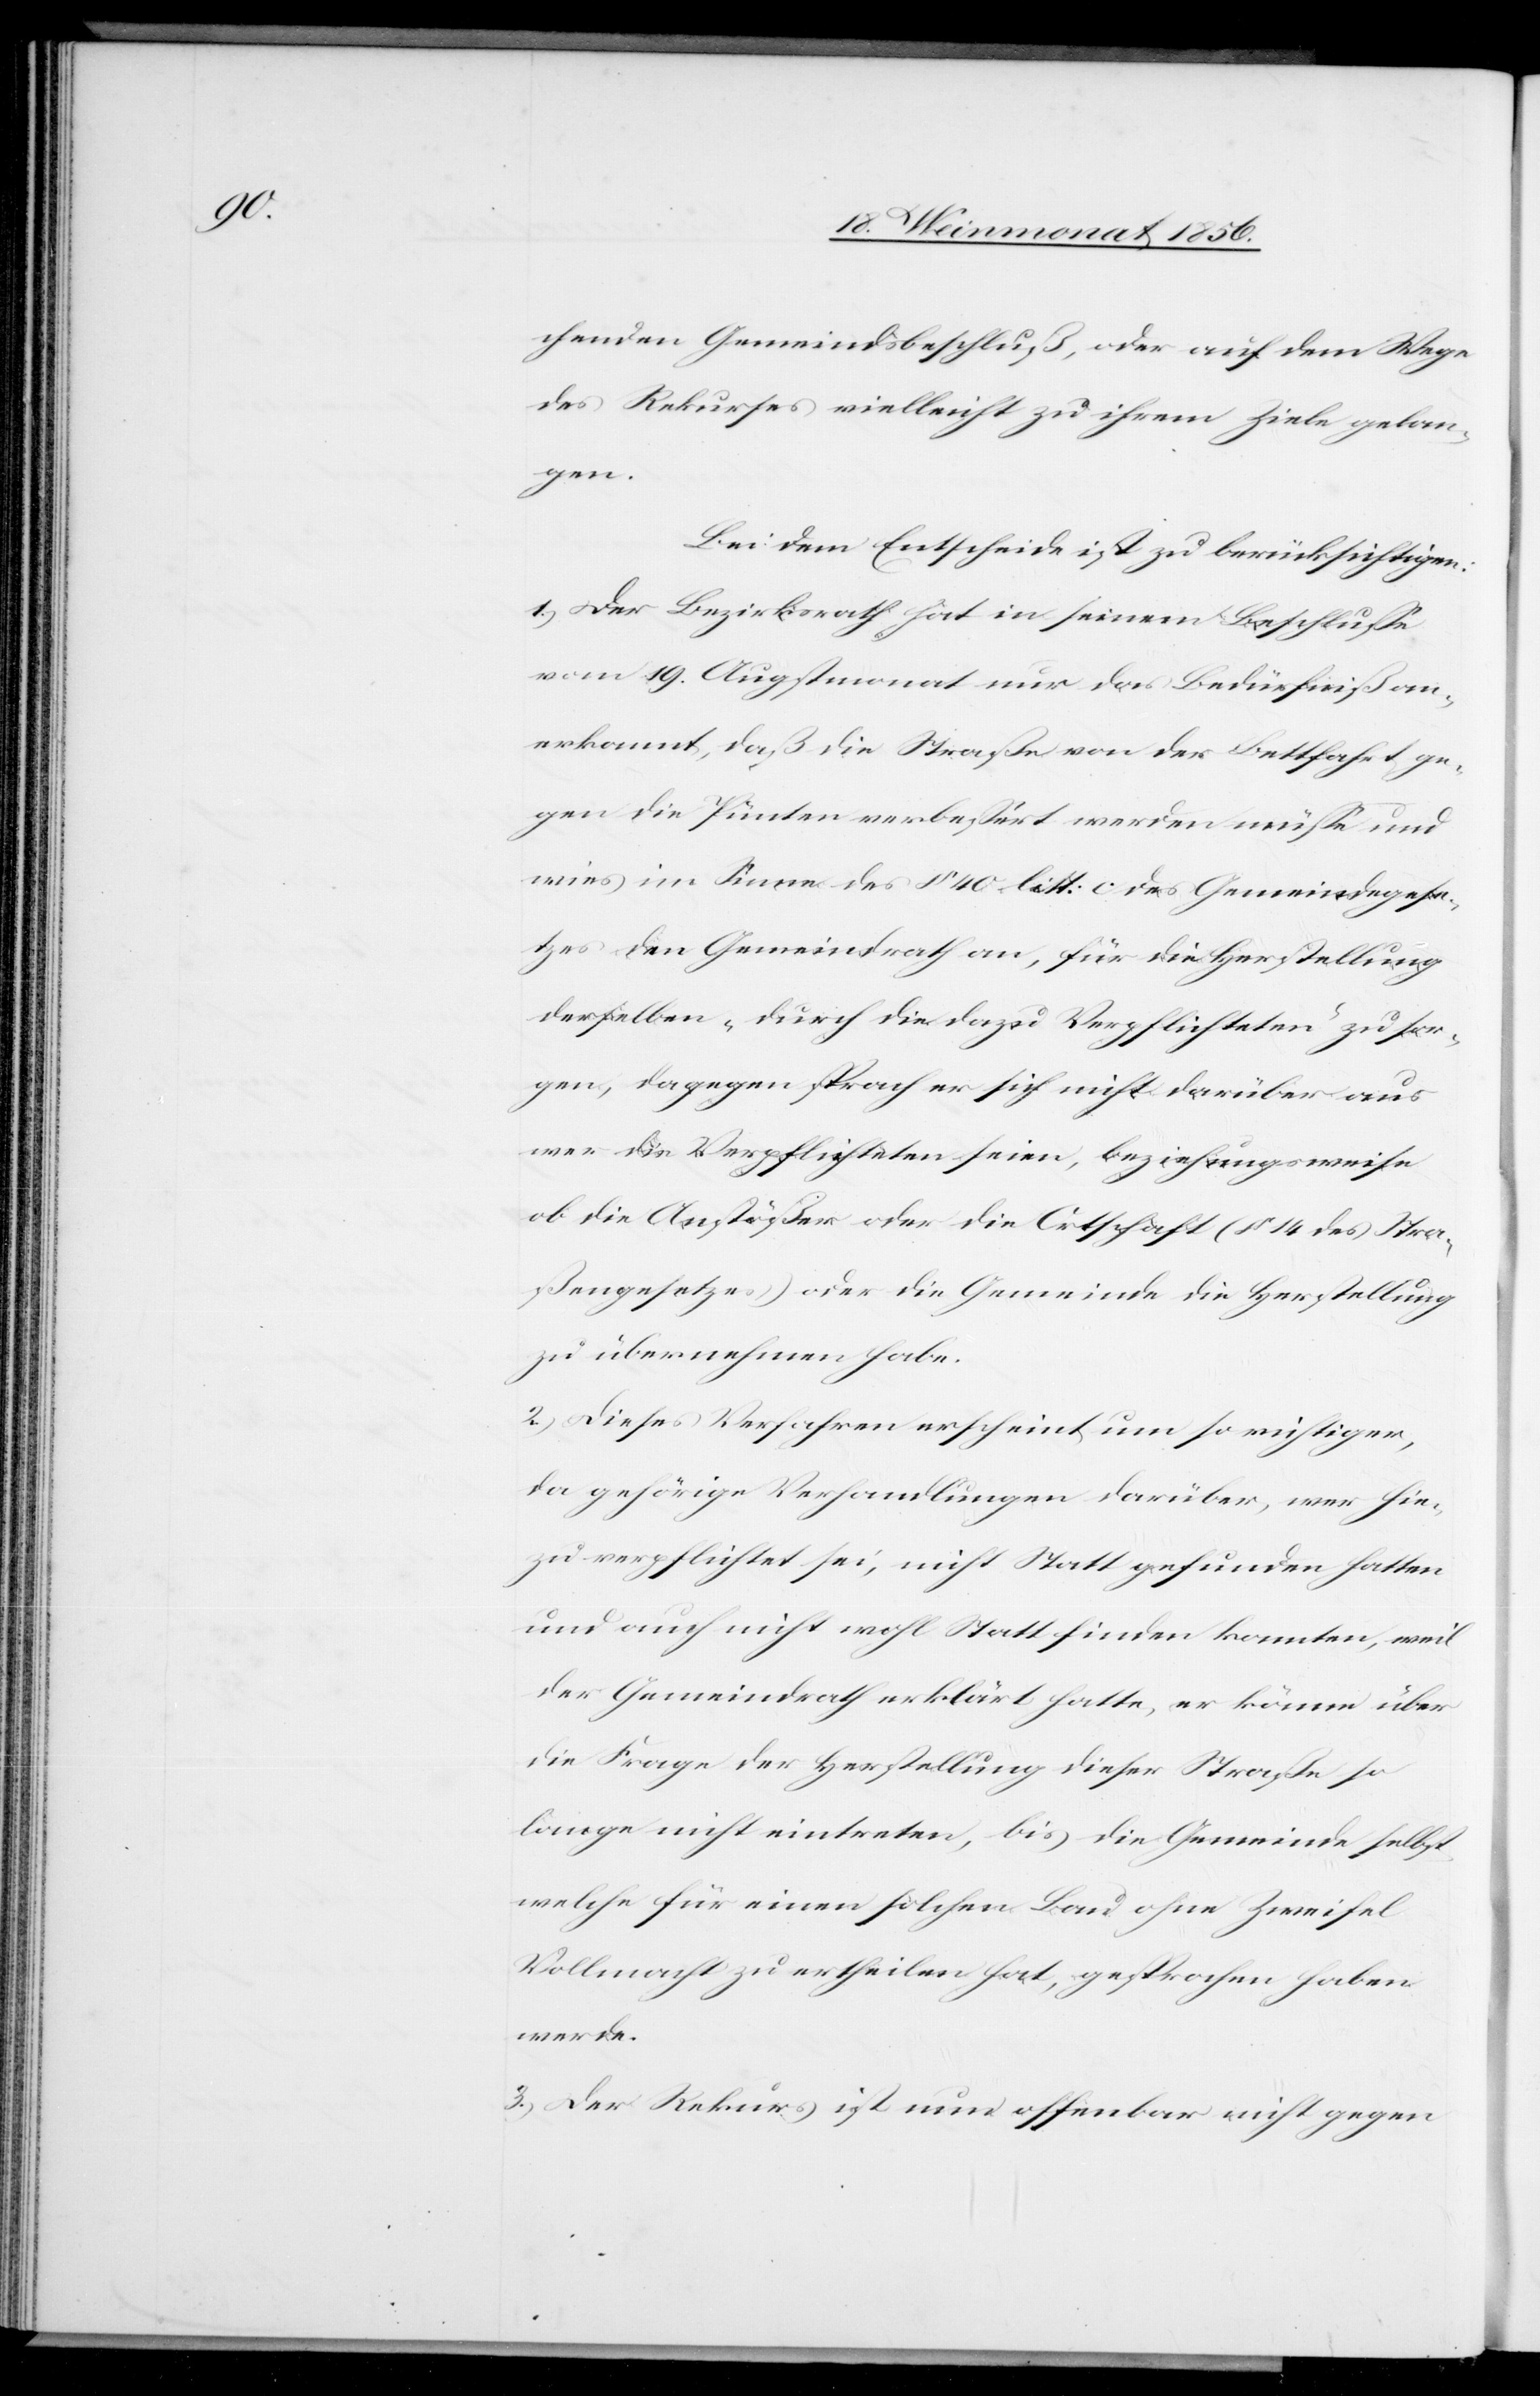
chenden Gemeindsbeschluß, oder auf dem Wege
des Rekurses vielleicht zu ihrem Ziele gelan¬
gen.
Bei dem Entscheide ist zu berücksichtigen:
1.) Der Bezirksrath hat in seinem Beschlusse
vom 19. Augstmonat nur das Bedürfniß an¬
erkannt, das die Straße von der Bettfahrt ge¬
gen die Pünten verbessert werden müsse und
wies im Sinne des § 40 litt: c des Gemeindegese¬
tzes den Gemeindrath an, für die Herstellung
derselben „durch die dazu Verpflichteten” zu sor¬
gen, dagegen sprach er sich nicht darüber aus
wer die Verpflichteten seien, beziehungsweise
ob die Anstößer oder die Ortschaft (§ 14 des Stra¬
ßengesetzes) oder die Gemeinde die Herstellung
zu übernehmen habe.
2.) Dieses Verfahren erscheint um so richtiger,
da gehörige Verhandlungen darüber, wer hie¬
zu verpflichtet sei, nicht Statt gefunden hatten
und auch nicht wohl Statt finden konnten, weil
der Gemeindrath erklärt hatte, er könne über
die Frage der Herstellung dieser Straße so
lange nicht eintreten, bis die Gemeinde selbst
welche für einen solchen Bau ohne Zweifel
Vollmacht zu ertheilen hat, gesprochen haben
werde.
3.) Der Rekurs ist nun offenbar nicht gegen